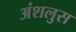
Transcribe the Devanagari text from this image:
अंशलुस